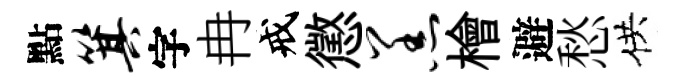
點箕字冉戒懲羔檜避愁供